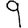
Digit: 9